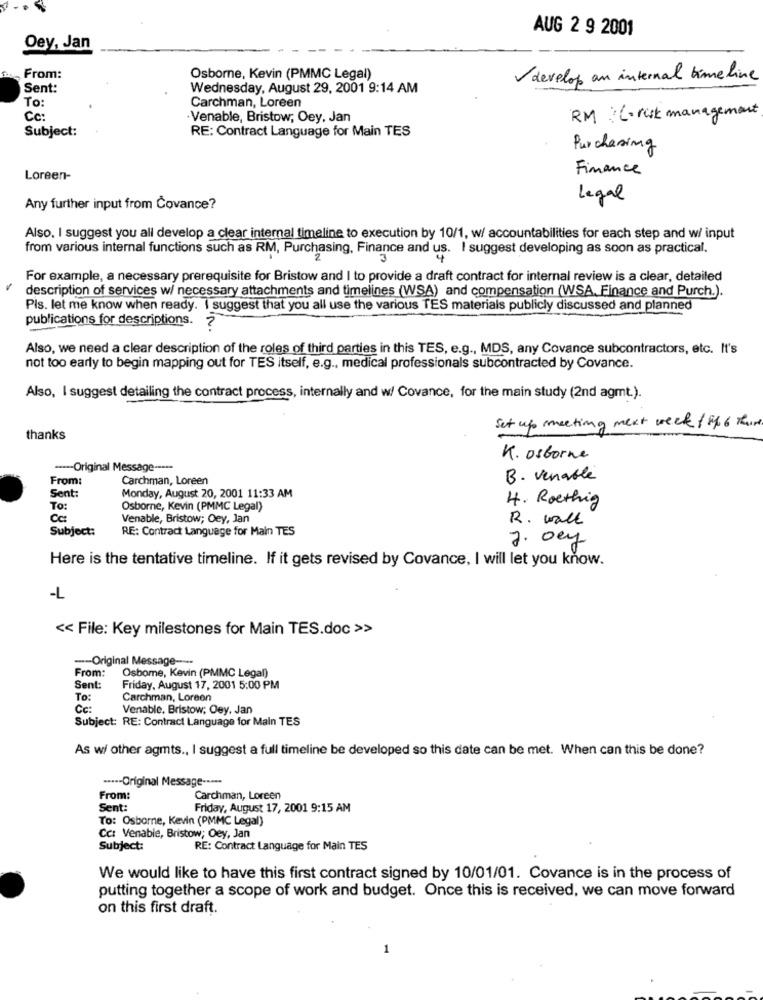
AUG 2 9 2001
Oey, Jan
From:
Osborne, Kevin (PMMC Legal)
develop an internal timeline
Sent:
Wednesday, August 29, 2001 9:14 AM
To:
Carchman, Loreen
RM: (. risk management
Cc:
Venable, Bristow, Oey, Jan
Subject:
RE: Contract Language for Main TES
Purchasing
Finance
Loreen-
Legal
Any further input from Čovance?
Also, I suggest you all develop a clear internal timeline to execution by 10/1, w/ accountabilities for each step and w/ input
from various internal functions such as RM, Purchasing, Finance and us. I suggest developing as soon as practical.
3
For example, a necessary prerequisite for Bristow and I to provide a draft contract for internal review is a clear, detailed
description of services w/ necessary attachments and timelines (WSA) and compensation (WSA. Finance and Purch.).
Pis. let me know when ready. I suggest that you all use the various TES materials publicly discussed and planned
publications for descriptions. ?
Also, we need a clear description of the roles of third parties in this TES, e.g ., MDS, any Covance subcontractors, etc. It's
not too early to begin mapping out for TES itself, e.g ., medical professionals subcontracted by Covance.
Also, I suggest detailing the contract process, internally and w/ Covance, for the main study (2nd agmt.).
Set up meeting next week / 846 thir
thanks
K. osborne
----- Original Message -----
From:
Carchman, Loreen
B. venable
Sent:
Monday, August 20, 2001 11:33 AM
4. Roething
To:
Osborne, Kevin (PMMC Legal)
Venable, Bristow; Oey, Jan
R. wall
Subject:
RE: Contract Language for Main TES
J. Dey
Here is the tentative timeline. If it gets revised by Covance, I will let you know.
-L
<< File: Key milestones for Main TES.doc >>
-- Original Message ----
From:
Osbome, Kevin (PMMC Legal)
Sent:
Friday, August 17, 2001 5:00 PM
To:
Carchman, Loreen
Cc:
Venable. Bristow; Oey. Jan
Subject: RE: Contract Language for Main TES
As wi other agmts ., I suggest a full timeline be developed so this date can be met. When can this be done?
····- Original Message ·····
From:
Carchman, Loreen
Sent:
Friday, August 17, 2001 9:15 AM
To: Osborne, Kevin (PMMC Legal)
Cc: Venable, Bristow; Oey, Jan
Subject:
RE: Contract Language for Main TES
We would like to have this first contract signed by 10/01/01. Covance is in the process of
putting together a scope of work and budget. Once this is received, we can move forward
on this first draft.
1